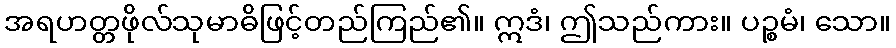
အရဟတ္တဖိုလ်သုမာဓိဖြင့်တည်ကြည်၏။ ဣဒံ၊ ဤသည်ကား။ ပဉ္စမံ၊ သော။